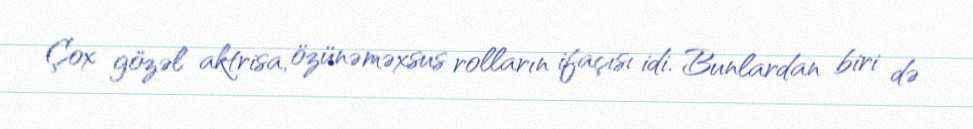
Çox gözəl aktrisa, özünəməxsus rolların ifaçısı idi. Bunlardan biri də